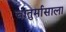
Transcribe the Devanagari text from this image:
चातुर्मासाला